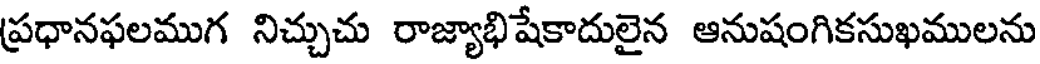
ప్రధానఫలముగ నిచ్చుచు రాజ్యాభిషేకాదులైన ఆనుషంగికసుఖములను